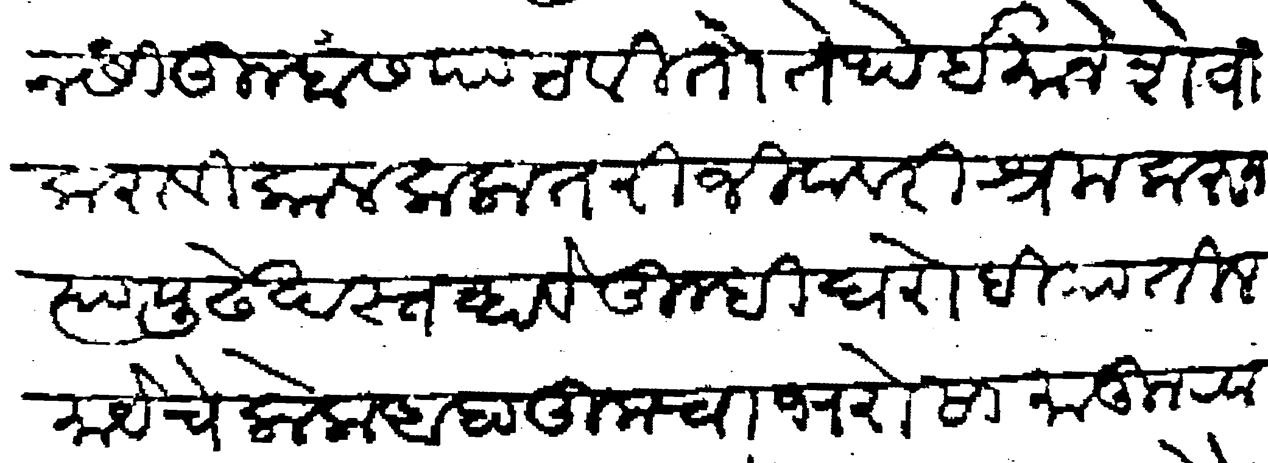
Transliteration (Devanagari): जमेतीनसी तुम्हांस पाठवितो तेथे ईमाने शेवा करावी कालकला तरी जीवावरी श्रम करून त्यापुढे खस्त व्हावे तुम्ही घरोबियातील मायेचे लोक आहा तुमचा भरोसा मानून खाना